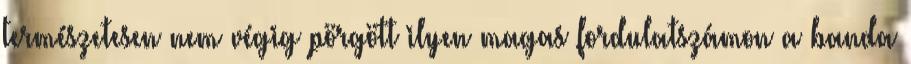
természetesen nem végig pörgött ilyen magas fordulatszámon a banda